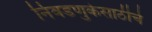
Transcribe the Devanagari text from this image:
निवडणुकेसाठीचे